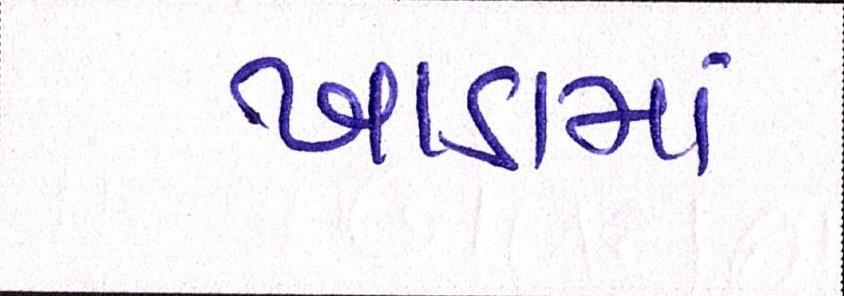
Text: ખાડામાં